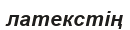
латекстің